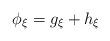
LaTeX: \begin{align*} \phi_\xi = g_\xi + h_\xi\end{align*}